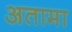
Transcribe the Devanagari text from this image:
अतामा